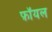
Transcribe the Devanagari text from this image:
फ़ॉयल